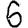
Digit: 6